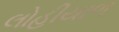
લોહીયાળ